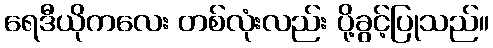
ရေဒီယိုကလေး တစ်လုံးလည်း ပို့ခွင့်ပြုသည်။